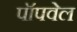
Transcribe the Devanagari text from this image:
पॉपवेल